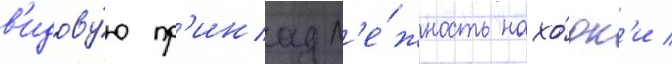
в'идову́ю пр'инадл'е́жность нахо́дк'и /